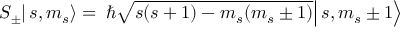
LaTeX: \left. \left. S _ { \pm } \right| s , m _ { s } \right\rangle = \left. \left. \hbar { \sqrt { s ( s + 1 ) - m _ { s } ( m _ { s } \pm 1 ) } } \right| s , m _ { s } \pm 1 \right\rangle